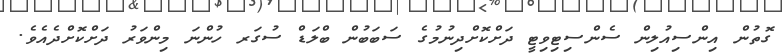
ގޮތުން އިންސިއުލިން ސެންސިޓިވިޓީ ދަށްކޮށްދިނުމުގެ ސަބަބުން ބްލަޑް ސުގަރ ހުންނަ މިންވަރު ދަށްކޮށްދެއެވެ.